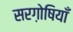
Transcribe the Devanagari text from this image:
सरग़ोषियाँ